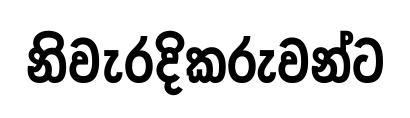
නිවැරදිකරුවන්ට